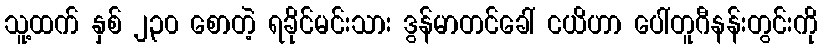
သူ့ထက် နှစ် ၂၃၀ စောတဲ့ ရခိုင်မင်းသား ဒွန်မာတင်ခေါ် ငယိဟာ ပေါ်တူဂီနန်းတွင်းကို